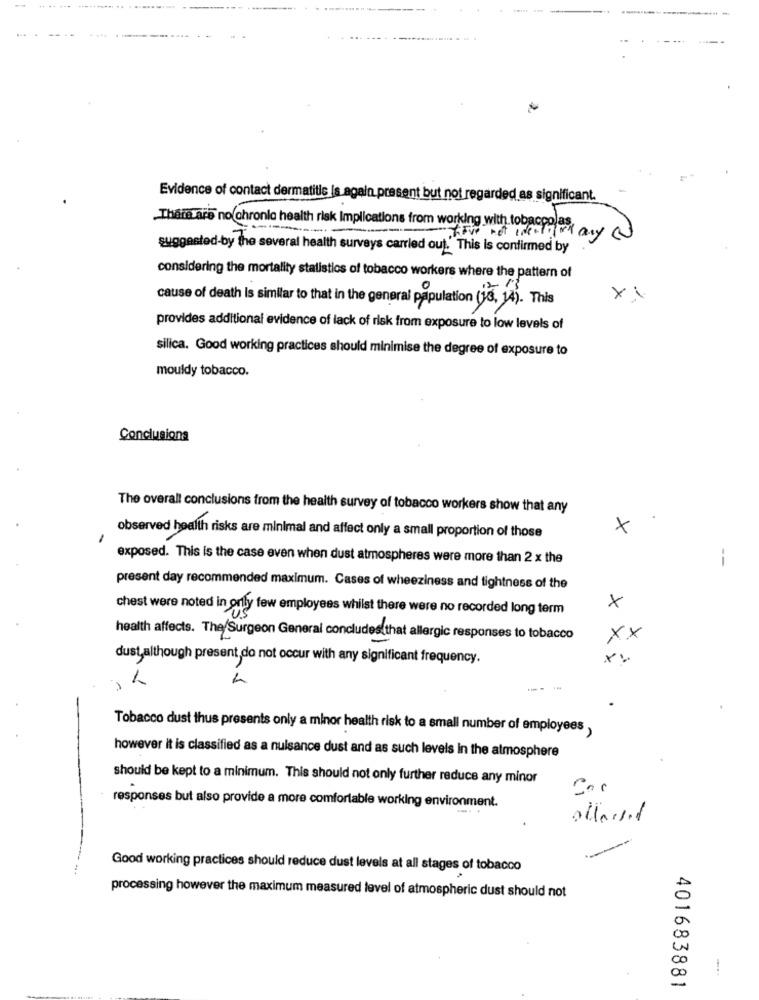
... ....
------------- -
Evidence of contact dermatitis is again present but not regarded as significant.
There are no chronie health risk Implications from working with.tobacco
There not wearand any a
suggested-by the several health surveys carried out." This is confirmed by
considering the mortality statistics of tobacco workers where the pattern of
cause of death is similar to that in the general population (18, 14). This
xi
provides additional evidence of lack of risk from exposure to low levels of
silica. Good working practices should minimise the degree of exposure to
mouldy tobacco.
Conclusions
The overall conclusions from the health survey of tobacco workers show that any
x
observed health risks are minimal and affect only a small proportion of those
exposed. This is the case even when dust atmospheres were more than 2 x the
--
present day recommended maximum. Cases of wheeziness and tightness of the
chest were noted in orly few employees whilst there were no recorded long term
x
health affects. The Surgeon General concludes that allergic responses to tobacco
XX
dust,although present, do not occur with any significant frequency.
Tobacco dust thus presents only a minor health risk to a small number of employees ,
however it is classified as a nuisance dust and as such levels in the atmosphere
should be kept to a minimum. This should not only further reduce any minor
responses but also provide a more comfortable working environment.
allard
Good working practices should reduce dust levels at all stages of tobacco
processing however the maximum measured level of atmospheric dust should not
-..
401683881